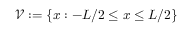
\mathcal { V } : = \{ x : - L / 2 \leq x \leq L / 2 \}